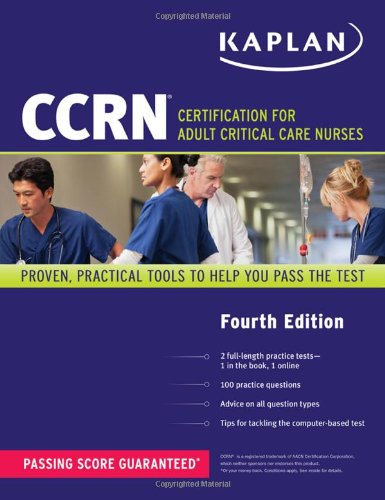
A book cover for CCRN: Certification for Adult Critical Care Nurses (Kaplan Ccrn); Kaplan; Medical Books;